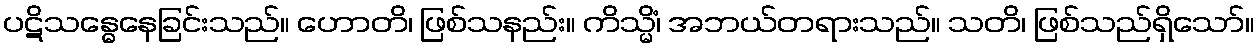
ပဋိသန္ဓေနေခြင်းသည်။ ဟောတိ၊ ဖြစ်သနည်း။ ကိသ္မိံ၊ အဘယ်တရားသည်။ သတိ၊ ဖြစ်သည်ရှိသော်။